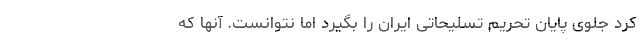
کرد جلوی پایان تحریم تسلیحاتی ایران را بگیرد اما نتوانست. آنها که